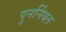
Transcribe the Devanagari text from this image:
पुनर्नियत